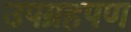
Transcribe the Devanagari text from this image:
उपग्रहपण